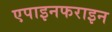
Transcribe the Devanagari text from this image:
एपाइनफराइन